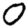
Digit: 0